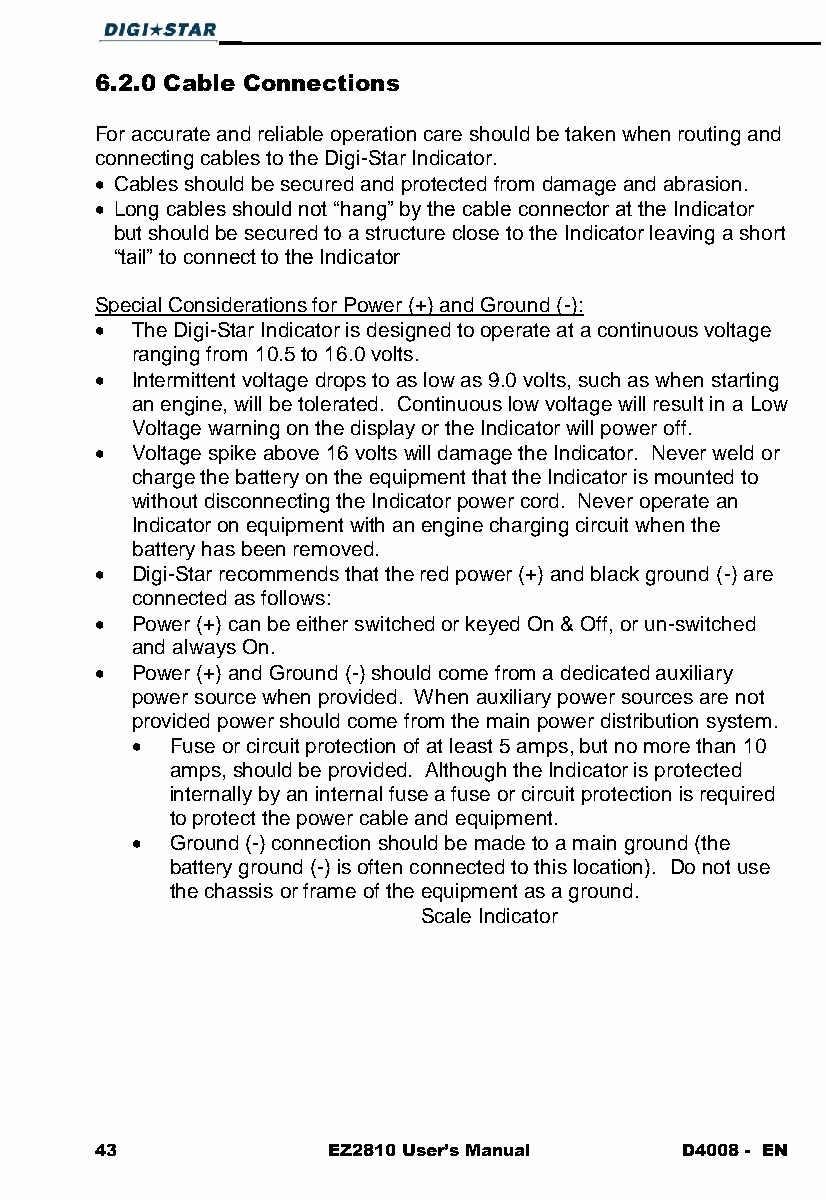
6.2.0 Cable Connections
 For accurate and reliable operation care should be taken when routing and
 connecting cables to the Digi-Star Indicator.
  Cables should be secured and protected from damage and abrasion.
  Long cables should not “hang” by the cable connector at the Indicator
 but should be secured to a structure close to the Indicator leaving a short
 “tail” to connect to the Indicator
 Special Considerations for Power (+) and Ground (-):
   The Digi-Star Indicator is designed to operate at a continuous voltage
 ranging from 10.5 to 16.0 volts.
   Intermittent voltage drops to as low as 9.0 volts, such as when starting
 an engine, will be tolerated. Continuous low voltage will result in a Low
 Voltage warning on the display or the Indicator will power off.
   Voltage spike above 16 volts will damage the Indicator. Never weld or
 charge the battery on the equipment that the Indicator is mounted to
 without disconnecting the Indicator power cord. Never operate an
 Indicator on equipment with an engine charging circuit when the
 battery has been removed.
   Digi-Star recommends that the red power (+) and black ground (-) are
 connected as follows:
   Power (+) can be either switched or keyed On & Off, or un-switched
 and always On.
   Power (+) and Ground (-) should come from a dedicated auxiliary
 power source when provided. When auxiliary power sources are not
 provided power should come from the main power distribution system.
  Fuse or circuit protection of at least 5 amps, but no more than 10
 amps, should be provided. Although the Indicator is protected
 internally by an internal fuse a fuse or circuit protection is required
 to protect the power cable and equipment.
  Ground (-) connection should be made to a main ground (the
 battery ground (-) is often connected to this location). Do not use
 the chassis or frame of the equipment as a ground.
 Scale Indicator
 43              EZ2810 User’s Manual   D4008 - EN